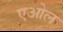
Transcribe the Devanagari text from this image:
एओल